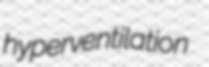
hyperventilation